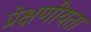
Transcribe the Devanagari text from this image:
प्रेक्षणीयता